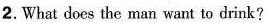
2.What does the man want to drink?